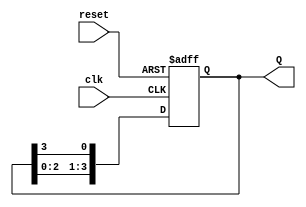
module ring_counter #(parameter N = 4) (
    input wire clk,           // Clock input
    input wire reset,         // Asynchronous reset input
    output reg [N-1:0] Q      // Output representing the state of the counter
);

    // Always block to handle the state transitions
    always @(posedge clk or posedge reset) begin
        if (reset) begin
            // Initialize to the first state (only the least significant bit is '1')
            Q <= 1'b1;          // For N = 4, this will be 0001
        end else begin
            // Shift the '1' to the left in a circular manner
            Q <= {Q[N-2:0], Q[N-1]}; // Shift left and feed back the last bit to the first
        end
    end

endmodule